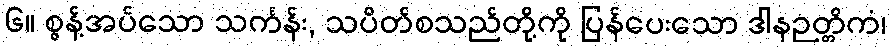
၆။ စွန့်အပ်သော သင်္ကန်း, သပိတ်စသည်တို့ကို ပြန်ပေးသော ဒါနဉတ္တိကံ၊